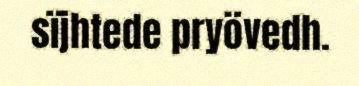
sïjhtede pryövedh.